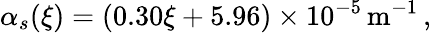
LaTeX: \alpha_{s}(\xi)=(0.30\xi+5.96)\times 10^{-5}\mathrm{\, m^{-1}\, ,}